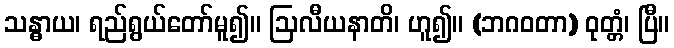
သန္ဓာယ၊ ရည်ရွယ်တော်မူ၍။ ဩလီယနာတိ၊ ဟူ၍။ (ဘဂဝတာ) ဝုတ္တံ၊ ပြီ။